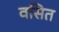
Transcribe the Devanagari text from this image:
वसित